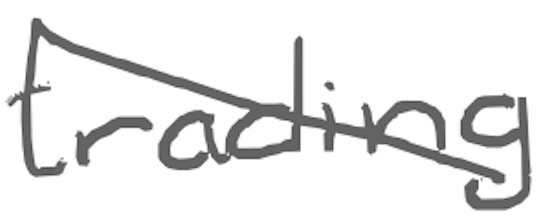
Text: trading
Cross-out: diagonal
Writing tool: digital_gray